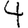
Digit: 4